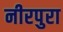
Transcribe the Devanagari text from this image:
नीरपुरा